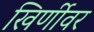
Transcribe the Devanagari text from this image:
खिर्णीवर